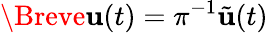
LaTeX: \Breve{\mathbf{u}}(t)=\pi^{-1}\tilde{\mathbf{u}}(t)